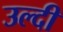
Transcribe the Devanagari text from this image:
उल्दी